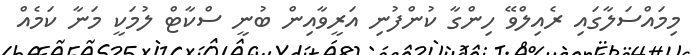
މިމައްސަލާގައި ރެއިލްވޭ ހިންގާ ކުންފުނި އަރީވާއިން ބުނީ ސްކާޓް ލުމަކީ މަނާ ކަމެއް